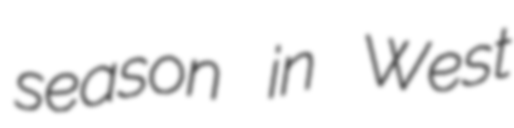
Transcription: season in West